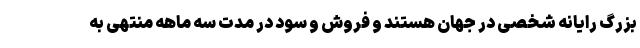
بزرگ رایانه شخصی در جهان هستند و فروش و سود در مدت سه ماهه منتهی به